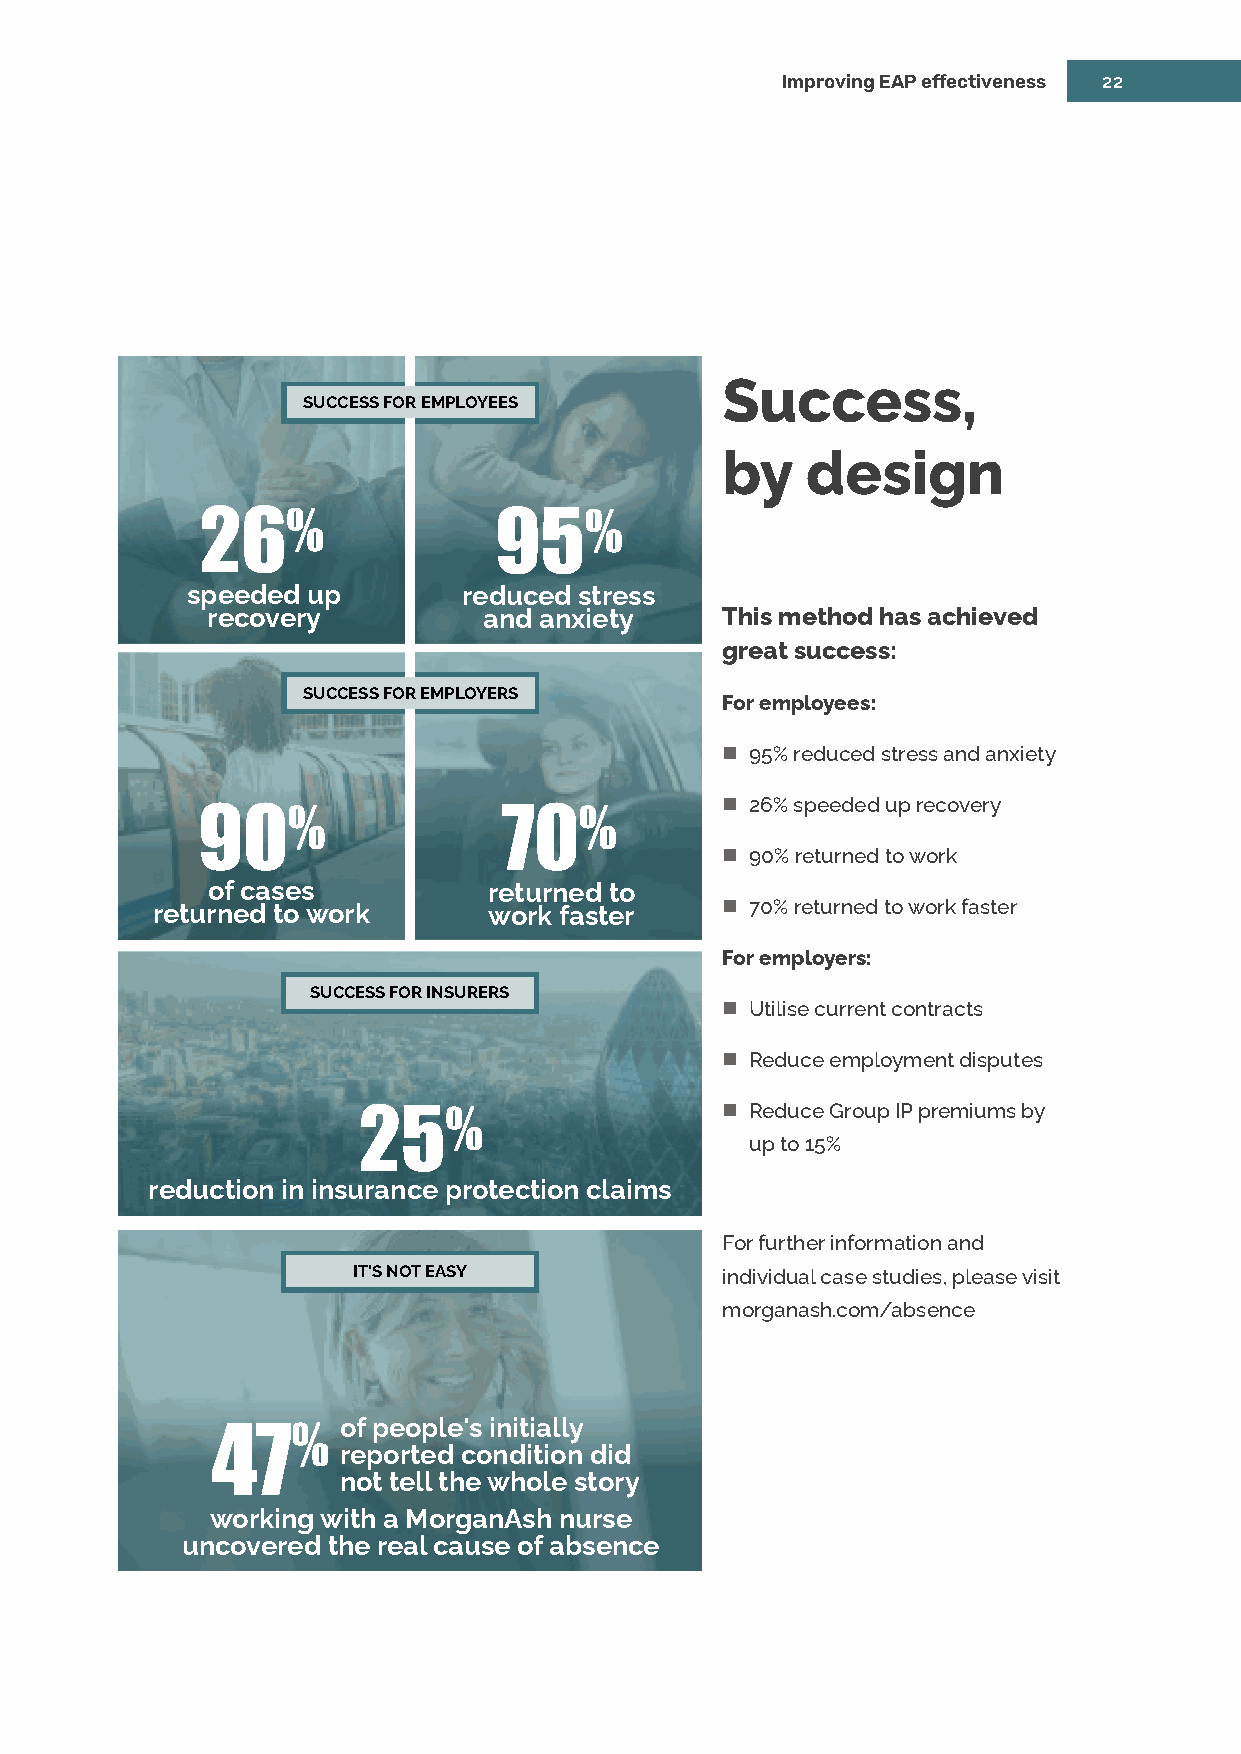
Improving EAP effectiveness 22
 Success,
 SUCCESSFOREMPLOYEES
 by   design
 26%                 95%
 speeded up         reduced stress
 recovery          and anxiety     This method has achieved
 great success:
 SUCCESSFOREMPLOYERS
 For employees:
  95% reduced stress and anxiety
  26% speeded up recovery
 90%                 70%
  90% returned to work
 ofcases           returned to
 returned towork       work faster      70% returned to work faster
 For employers:
 SUCCESSFORINSURERS
  Utilise current contracts
  Reduce employment disputes
  Reduce Group IP premiums by
 25%
 up to 15%
 reduction in insurance protection claims
 For further information and
 IT'SNOTEASY              individual case studies, please visit
 morganash.com/absence
 ofpeople's initially
 47%
 reported condition did
 not tellthewhole story
 workingwith a MorganAsh nurse
 uncovered the realcause ofabsence